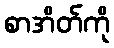
စာအိတ်ကို